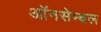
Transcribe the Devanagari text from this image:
ऑनसेम्बल